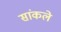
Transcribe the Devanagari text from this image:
सांकले